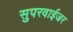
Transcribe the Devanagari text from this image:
सुपरवाईजर